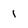
Character: 1